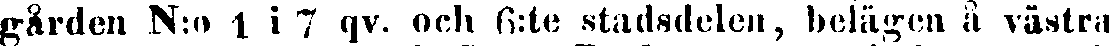
gården N:o 1 i 7 qv. och 6:te stadsdelen, belägen å västra